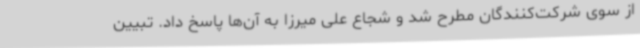
از سوی شرکت‌کنندگان مطرح شد و شجاع علی میرزا به آن‌ها پاسخ داد. تبیین